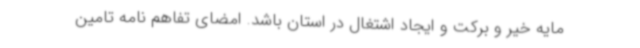
مایه خیر و برکت و ایجاد اشتغال در استان باشد. امضای تفاهم نامه تامین